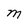
Character: M